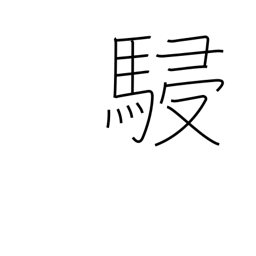
Meaning: horses running